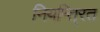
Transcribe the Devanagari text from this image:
नियन्ति्रत